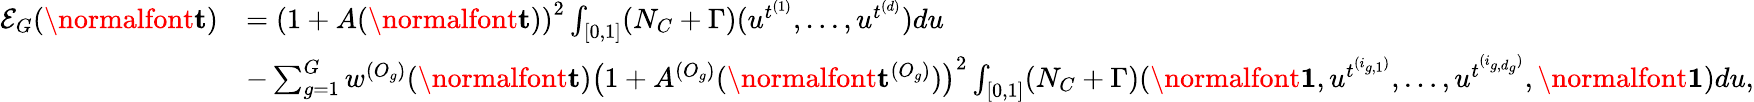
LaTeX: \begin{array}{rl}{\mathcal{E}_{G}(\normalfont{\textbf{t}})}&{=\left(1+A(\normalfont{\textbf{t}})\right)^{2}\int_{[0,1]}(N_{C}+\Gamma)(u^{t^{(1)}},\dots,u^{t^{(d)}})du}\\ &{-\sum_{g=1}^{G}w^{(O_{g})}(\normalfont{\textbf{t}})\left(1+A^{(O_{g})}(\normalfont{\textbf{t}}^{(O_{g})})\right)^{2}\int_{[0,1]}(N_{C}+\Gamma)(\normalfont{\textbf{1}},u^{t^{(i_{g,1})}},\dots,u^{t^{(i_{g,d_{g}})}},\normalfont{\textbf{1}})du,}\end{array}